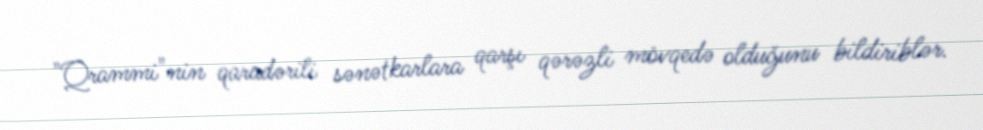
"Qrammi"nin qaradərili sənətkarlara qarşı qərəzli mövqedə olduğunu bildiriblər.